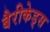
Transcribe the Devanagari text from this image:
बैरीकेड्स